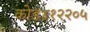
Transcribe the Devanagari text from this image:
कोड४१२२०५